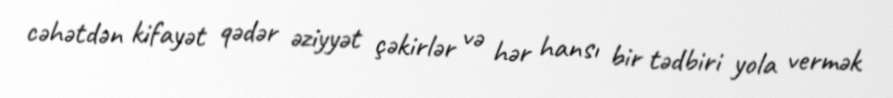
cəhətdən kifayət qədər əziyyət çəkirlər və hər hansı bir tədbiri yola vermək